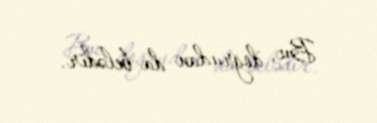
Bu, doğrudan da belədir.